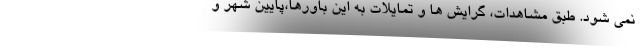
نمی شود. طبق مشاهدات، گرایش ها و تمایلات به این باورها،پایین شهر و